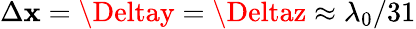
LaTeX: \Delta\mathbf{x}=\Deltay=\Deltaz\approx\lambda_{0}/31